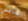
كأنني